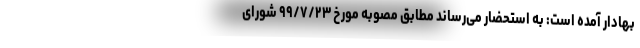
بهادار آمده است: به استحضار می‌رساند مطابق مصوبه مورخ ۹۹/۷/۲۳ شورای